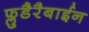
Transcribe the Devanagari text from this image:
फ्लुडैरैबाईन